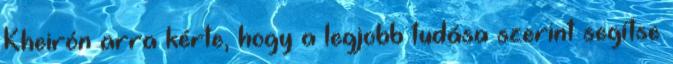
Kheirón arra kérte, hogy a legjobb tudása szerint segítse